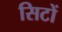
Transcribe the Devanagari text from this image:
सिटों